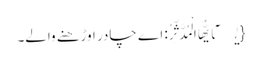
{یٰۤاَیُّهَا الْمُدَّثِّرُ: اے چادر اوڑھنے والے۔